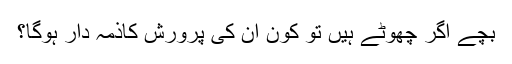
بچے اگر چھوٹے ہیں تو کون ان کی پرورش کاذمہ دار ہوگا؟